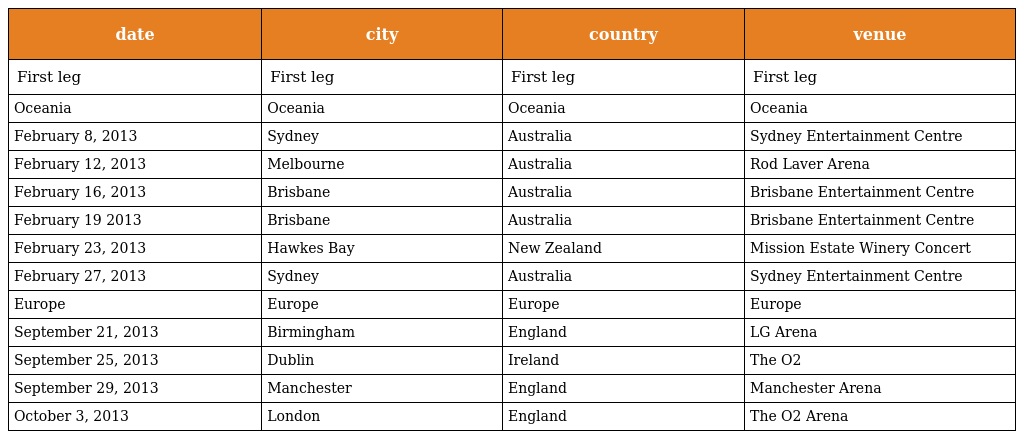
| date | city | country | venue |
 | --- | --- | --- | --- |
 | First leg | First leg | First leg | First leg |
 | Oceania | Oceania | Oceania | Oceania |
 | February 8, 2013 | Sydney | Australia | Sydney Entertainment Centre |
 | February 12, 2013 | Melbourne | Australia | Rod Laver Arena |
 | February 16, 2013 | Brisbane | Australia | Brisbane Entertainment Centre |
 | February 19 2013 | Brisbane | Australia | Brisbane Entertainment Centre |
 | February 23, 2013 | Hawkes Bay | New Zealand | Mission Estate Winery Concert |
 | February 27, 2013 | Sydney | Australia | Sydney Entertainment Centre |
 | Europe | Europe | Europe | Europe |
 | September 21, 2013 | Birmingham | England | LG Arena |
 | September 25, 2013 | Dublin | Ireland | The O2 |
 | September 29, 2013 | Manchester | England | Manchester Arena |
 | October 3, 2013 | London | England | The O2 Arena |